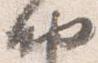
納